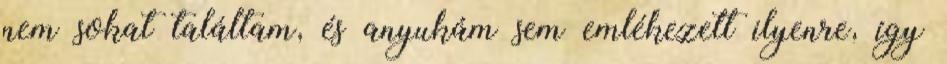
nem sokat találtam, és anyukám sem emlékezett ilyenre, így